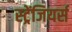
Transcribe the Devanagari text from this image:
स्ट्रेंजियर्स